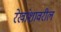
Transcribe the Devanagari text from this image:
रेखांशावरील